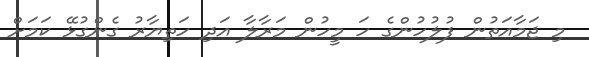
މި ޖަމާއަތުން ފުލުހުންގެ ހަ މީހުން މަރާލާ އަދި ހަތިޔާރު ގެންގުޅޭ ކަމަށް